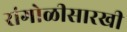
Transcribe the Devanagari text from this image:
रांगोळीसारखी